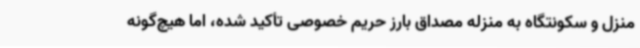
منزل و سکونتگاه به منزله مصداق بارز حریم خصوصی تأکید شده، اما هیچ‌گونه